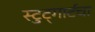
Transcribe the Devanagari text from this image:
स्टुट्गार्टचा